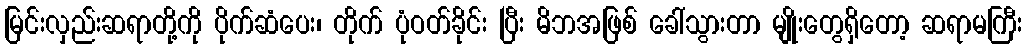
မြင်းလှည်းဆရာတို့ကို ပိုက်ဆံပေး၊ တိုက် ပုံဝတ်ခိုင်း ပြီး မိဘအဖြစ် ခေါ်သွားတာ မျိုးတွေရှိတော့ ဆရာမကြီး